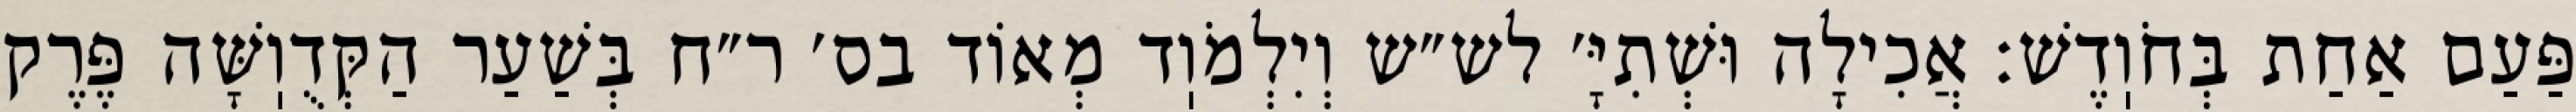
פַּעַם אַחַת בְּחֹוֽדֶשׁ: אֲכִילָה וּשְׁתִיָּ׳ לש״ש וְיִלְמֹוֽד מְאוֹד בס׳ ר״ח בְּשַׁעַר הַקְּדֻוֽשָּׁה פֶּרֶק